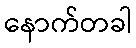
နောက်တခါ